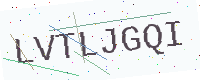
Text: LVTLJGQI